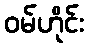
ဝမ်ဟိုင်း